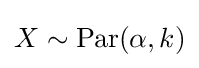
X\sim \mathrm {Par} (\alpha ,k)